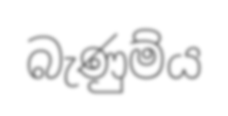
බැණුම්ය